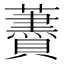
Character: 𧃤